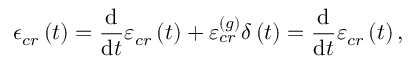
\epsilon _ { c r } \left( t \right) = \frac { \mathrm { d } } { \mathrm { d } t } \varepsilon _ { c r } \left( t \right) + \varepsilon _ { c r } ^ { \left( g \right) } \delta \left( t \right) = \frac { \mathrm { d } } { \mathrm { d } t } \varepsilon _ { c r } \left( t \right) ,